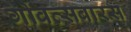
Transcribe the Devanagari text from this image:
गोवत्सबारस